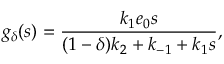
g _ { \delta } ( s ) = \frac { k _ { 1 } e _ { 0 } s } { ( 1 - \delta ) k _ { 2 } + k _ { - 1 } + k _ { 1 } s } ,